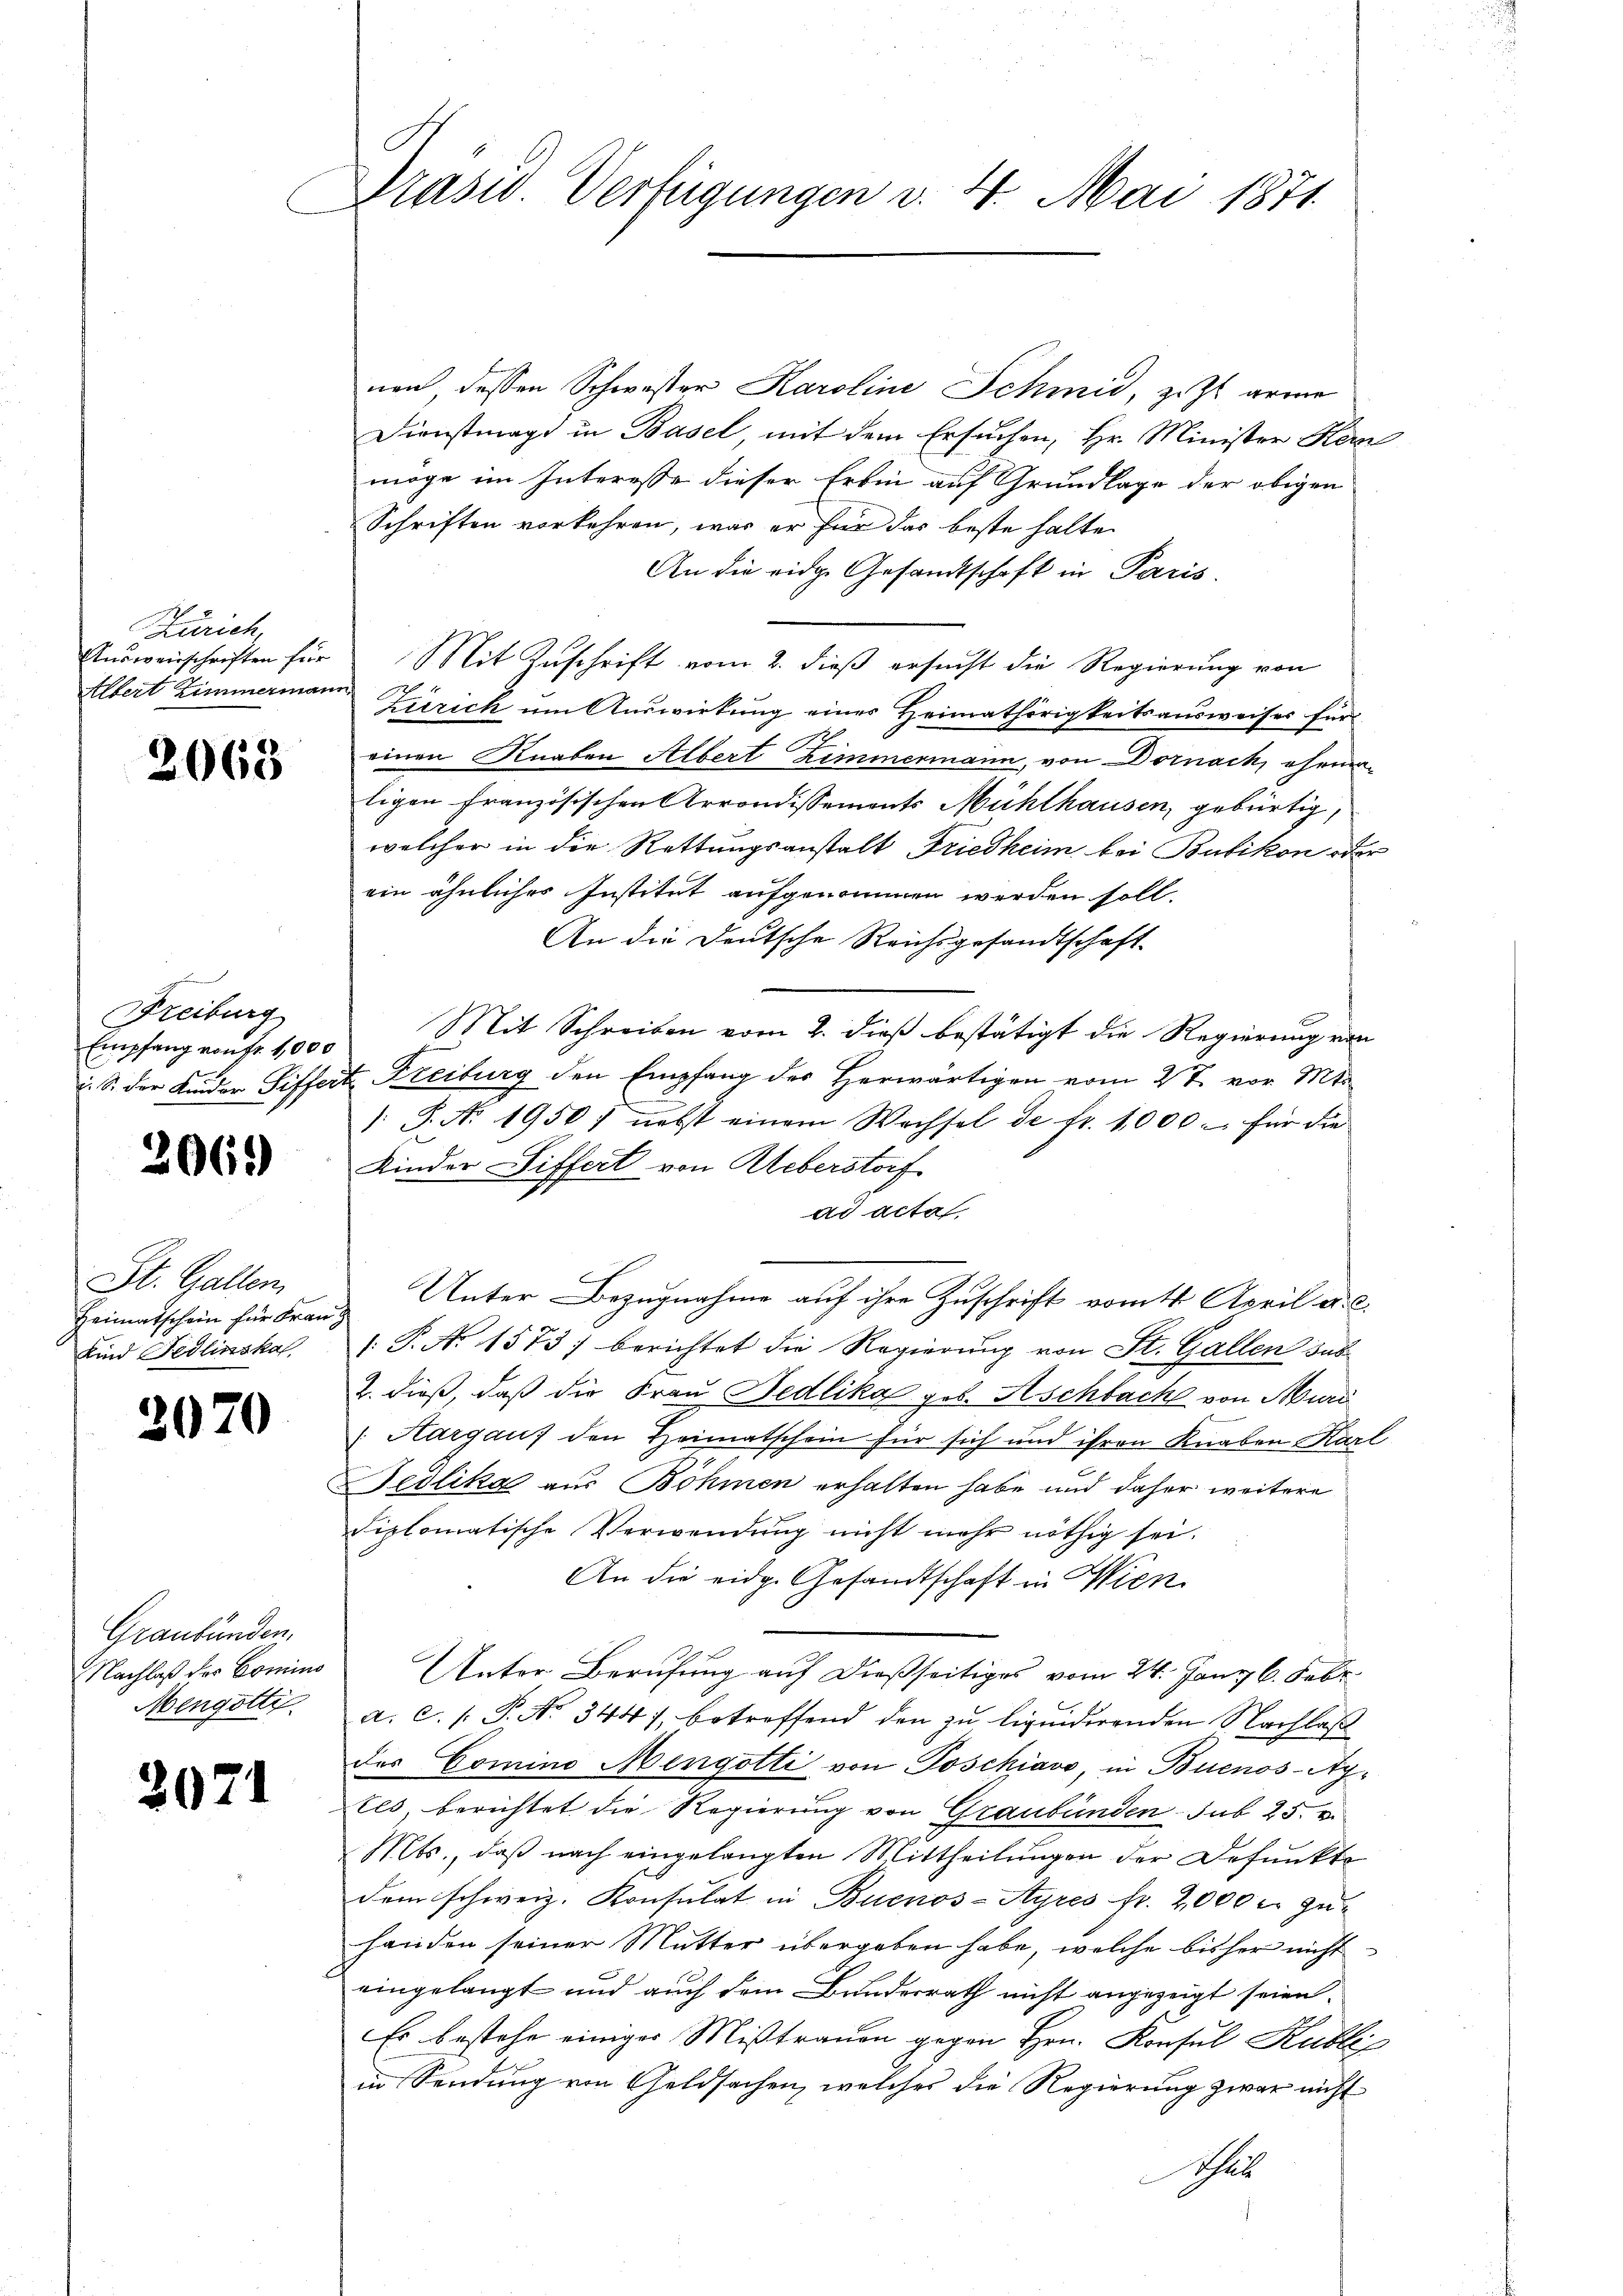
Zürich
Ausweisschriften für
Albert Zimmermann

2068

Freiburg
Empfang von fr. 1,000
u. S. der Kinder Siffer

2069)

St. Gallen
Heimatschein für Frau
Kind Fedlinskal

2070

Graubünden.
Nachlaß des Comino
Mengotti

2071

Präsid. Verfügungen v. 4. Mai 1871

nen dessen Schwester Karoline Schmid, z. Zt. arme
Dienstmagd in Basel mit dem Ersuchen, Hr. Minister Kern
möge im Interesse dieser Erben auf Grundlage der obigen
Schriften vorkehren, was er für das beste halte
An die eidge Gesandtschaft in Paris
Mit Zuschrift vom 2. dieß ersucht die Regierung von
Zürich um Auswirkung eines Heimathörigkeitsausweises für
einen Knaben Albert Zimmermann, von Dornach, ehemaligen französischen Arrondissements Mühlhausen, gebürtig,
welcher in die Rettungsanstalt Friedheim bei Bubikon oder
ein ähnliches Institut aufgenommen werden soll.
An die Deutsche Reichsgesandtschaft-
Mit Schreiben vom 2. dieß bestätigt die Regierung von
 Freiburg den Empfang des Herwärtigen vom 27. vor. Mts.
1: J. No. 1950 / nebst einem Wachsel de fr. 1000. für die
Kinder Siffert von Ueberstorf
ad acta
Unter Bezugnahme auf ihre Zuschrift vom 4. April a. c.
1: P. Nr. 1573 berichtet die Regierung von St. Gallen sus
2. dieß, daß die Frau, Fedlika geb. Aschbach von Muri
Hargauf den Heimatschein für sich und ihren Knaben Karl
Jedlika aus Böhmen erhalten habe und daher weitere
diplomatische Verwendung nicht mehr nöthig sei.
An die eidg. Gesandtschaft in Wien.
Unter Berufung auf dießseitiges vom 24. Jany 6. Febr.
6
a. c. (T. No. 344), betroffend den zu ligenderenden Nachlaß
des Comino Mengotti von Poschiavo, in Buenos-Ay¬
Els, berichtet die Regierung von Graubünden sub 25. v.
Mts., daß nach eingelangten Mittheilungen der Befunkte
dem schweiz. Konsulat in Buenos-Ayres fr. 2,000 c. zu-
handen seiner Mutter übergeben habe, welche bisher nicht
eingelangt und auch dem Bundesrath nicht angezeigt seien.
Es bestehe einiges Mißtrauen gegen Hrn. Konsul Kubli
in Sendung von Geldsachen, welches die Regierung zwar nicht
Scher